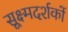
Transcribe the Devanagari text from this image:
सूक्ष्मदर्शकों